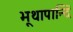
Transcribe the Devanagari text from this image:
भूथापान्दि